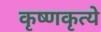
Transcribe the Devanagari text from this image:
कृष्णकृत्ये